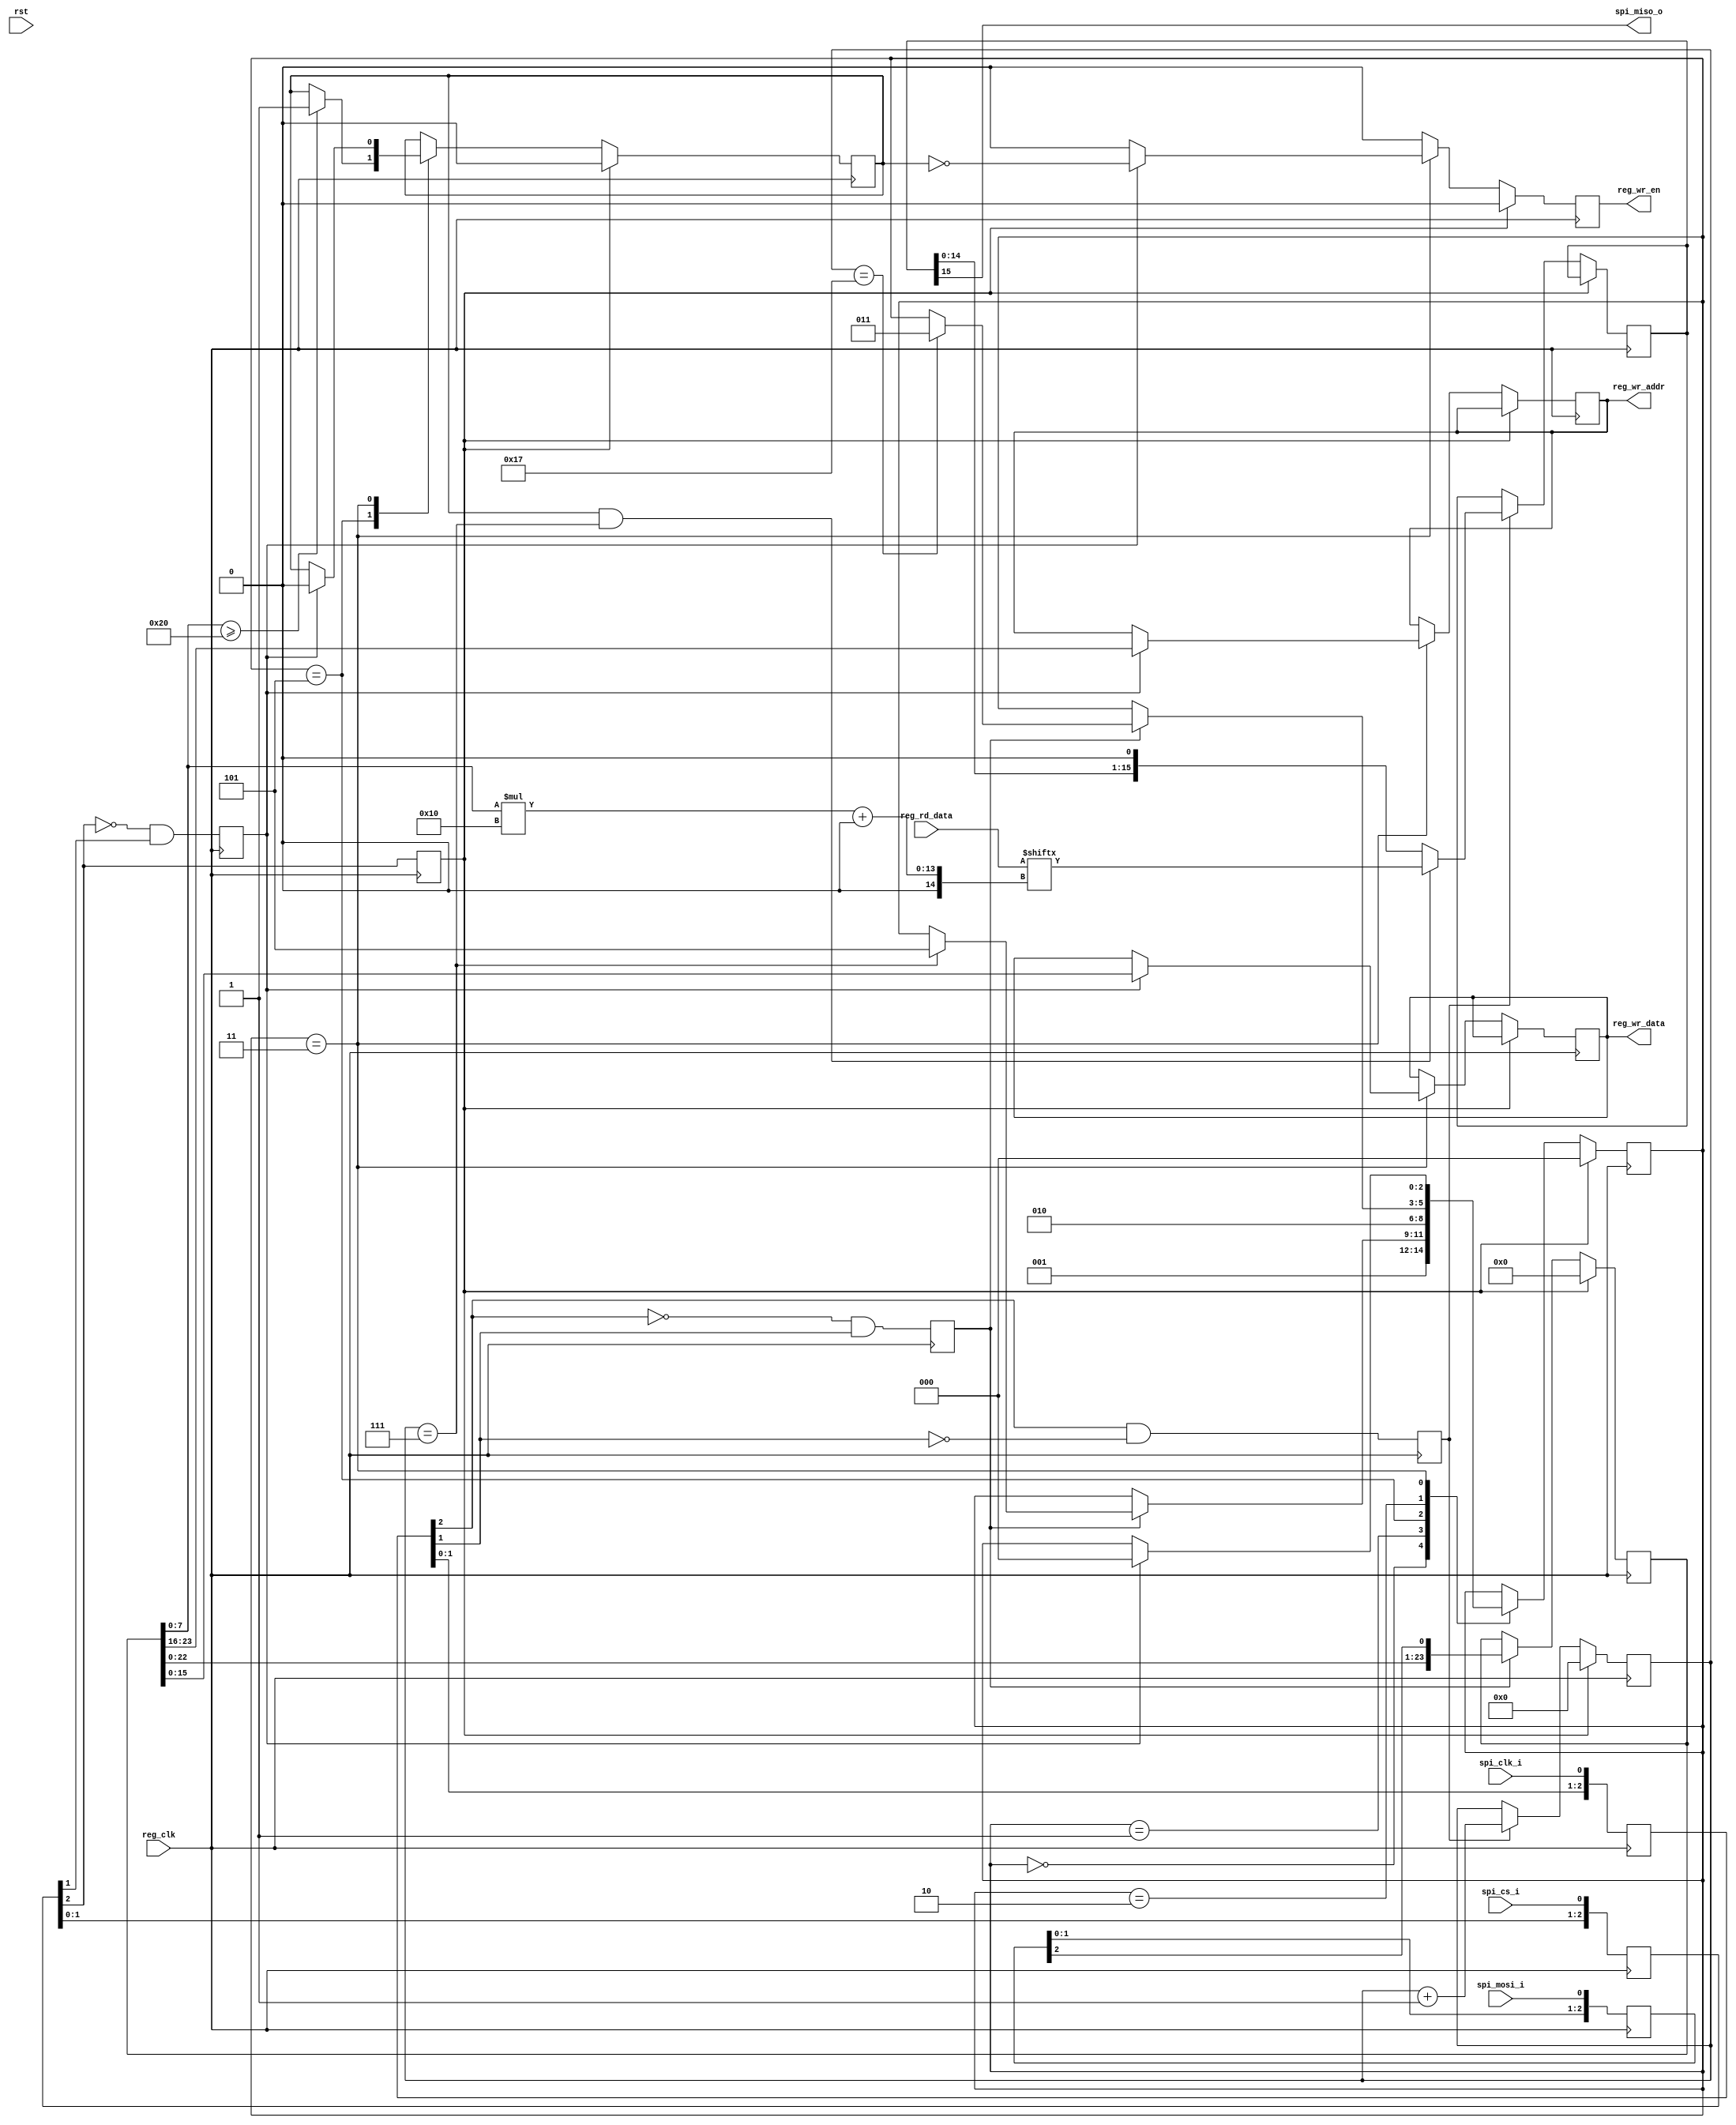
//-----------------------------------------------------------------------
//
// Module Name : spi_slave
//
// Description :
// Request write to user register:
// SPI_MOSI bit:  |23.....16|15..          ...0|
//                |msb   lsb|msb            lsb|
//                ------------------------------
//                |  RegAdr |   RegData        |
//                ------------------------------
// SPI_MISO bit:  |          don`t care        |
//                ------------------------------
//
// Request read from user register:
// SPI_MOSI bit:  |23.....16|15..          ...0|
//                |msb   lsb|msb            lsb|
//                ------------------------------
//                |  RegAdr |   don`t care     |
//                ------------------------------
// SPI_MISO bit:  |         |   RegData        |
//                ------------------------------
//
// SPI MODE = 3 (CPOL = 1, CPHA = 1)
// CPOL=1 - the base value of the clock is one (inversion of CPOL=0), i.e.
//          the active state is 0 and idle state is 1.
// CPHA=1 - data are captured on clock's rising edge and data is output on a falling edge.
//-----------------------------------------------------------------------
module spi_slave #(
    parameter RD_OFFSET = 8'd32,
    parameter REG_RD_DATA_WIDTH = 128
)(
    //SPI port
    input  spi_cs_i  ,
    input  spi_clk_i ,
    input  spi_mosi_i,
    output spi_miso_o,

    //User IF
    input [(REG_RD_DATA_WIDTH - 1):0] reg_rd_data,
    output reg [7:0]  reg_wr_addr = 0,
    output reg [15:0] reg_wr_data = 0,
    output reg        reg_wr_en = 0,
    input             reg_clk,
    input             rst
);

// -------------------------------------------------------------------------
localparam CI_SPI_WIDTH = 24;
localparam CI_AWIDTH = 6'd8;


`ifdef SIM_FSM
    enum int unsigned {
        S_IDLE   ,
        S_RCV_ADR,
        S_M2S    ,
        S_M2S_END,
        S_CHK_ADR
    } fsm_cs = S_IDLE;
`else
    localparam S_IDLE    = 0;
    localparam S_RCV_ADR = 1;
    localparam S_M2S     = 2;
    localparam S_M2S_END = 3;
    localparam S_CHK_ADR = 5;
    reg [2:0] fsm_cs = S_IDLE;
`endif

reg [2:0] sr_spi_cs = 3'h7;
reg [2:0] sr_spi_mosi = 0;
reg [2:0] sr_spi_ck = 0;

wire spi_mosi;
reg spi_cs = 1'b1;

(* keep *) reg spi_ck_rising_edge = 1'b0;
(* keep *) reg spi_ck_faling_edge = 1'b0;
(* keep *) reg spi_cs_rising_edge = 1'b0;

reg [(CI_SPI_WIDTH - 1):0] sr_mosi = 0;
reg [15:0] sr_miso = 0;
reg [5:0] cntb = 0; //bit cnt
reg read_en = 1'b0;


//oversample
always @ (posedge reg_clk) begin
    sr_spi_cs <= {sr_spi_cs[1:0], spi_cs_i};
    sr_spi_ck <= {sr_spi_ck[1:0], spi_clk_i};
    sr_spi_mosi <= {sr_spi_mosi[1:0], spi_mosi_i};
end

assign spi_mosi = sr_spi_mosi[2];

always @ (posedge reg_clk) begin
    spi_ck_rising_edge <= (~sr_spi_ck[2]) &   sr_spi_ck[1] ;
    spi_ck_faling_edge <=   sr_spi_ck[2]  & (~sr_spi_ck[1]);
    spi_cs_rising_edge <= (~sr_spi_cs[2]) &   sr_spi_cs[1] ;
    spi_cs <= sr_spi_cs[2];
end

//FSM
always @(posedge reg_clk) begin
    reg_wr_en <= 1'b0;

    if (!spi_cs) begin
        case (fsm_cs)
            S_IDLE : begin
                fsm_cs <= S_RCV_ADR;
            end

            S_RCV_ADR : begin
                if (spi_ck_rising_edge) begin
                    // if (cntb == (CI_AWIDTH)) begin //SPI MODE = 3
                    if (cntb == (CI_AWIDTH-1)) begin //SPI MODE = 0
                        fsm_cs <= S_CHK_ADR;
                    end
                end
            end

            S_CHK_ADR : begin
                if (sr_mosi[7:0] >= RD_OFFSET) begin
                    read_en <= 1'b1; //Detect range of read address
                                     //Can send rxdata to master
                end
                fsm_cs <= S_M2S;
            end

            S_M2S : begin
                if (spi_ck_rising_edge) begin
                    // if (cntb == (CI_SPI_WIDTH)) begin //SPI MODE = 3
                    if (cntb == (CI_SPI_WIDTH-1)) begin //SPI MODE = 0
                        fsm_cs <= S_M2S_END;
                    end
                end
            end

            S_M2S_END : begin
                if (spi_cs_rising_edge) begin
                    reg_wr_addr <= sr_mosi[23:16];
                    reg_wr_data <= sr_mosi[15:0];
                    reg_wr_en <= ~read_en;
                    read_en <= 1'b0;
                    fsm_cs <= S_IDLE; //Go to next packet
                end
            end

        endcase

    end else begin
        fsm_cs <= S_IDLE; read_en <= 1'b0;
    end
end

//Shift reg MISO (Send to Master)
always @(posedge reg_clk) begin
    if (!spi_cs) begin
        if (spi_ck_faling_edge) begin
            // if (read_en && (cntb == (CI_AWIDTH))) begin //SPI MODE = 3
            if (read_en && (cntb == (CI_AWIDTH-1))) begin //SPI MODE = 0
                //Update read data
                sr_miso <= reg_rd_data[(sr_mosi[7:0] * 16) +: 16];
            end else begin
                sr_miso <= {sr_miso[14:0], 1'b0}; //send MSB first
            end
        end
    end
end
assign spi_miso_o = sr_miso[15];

//Shift reg MOSI
always @(posedge reg_clk) begin
    if (!spi_cs) begin
        if (spi_ck_rising_edge) begin
            sr_mosi <= {sr_mosi[23:0], spi_mosi}; //recieve MSB first
        end
    end else begin
        sr_mosi <= 0;
    end
end

//Bit cnt
always @(posedge reg_clk) begin
    if (!spi_cs) begin
        if (spi_ck_faling_edge) begin
            cntb <= cntb + 1'b1;
        end
    end else begin
        cntb <= 0;
    end
end

endmodule